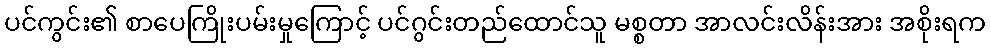
ပင်ကွင်း၏ စာပေကြိုးပမ်းမှုကြောင့် ပင်ဂွင်းတည်ထောင်သူ မစ္စတာ အာလင်းလိန်းအား အစိုးရက